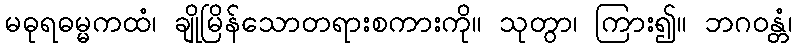
မဓုရဓမ္မကထံ၊ ချိုမြိန်သောတရားစကားကို။ သုတွာ၊ ကြား၍။ ဘဂဝန္တံ၊